255_413270_UFO's_and_Defense_What_Should_we_Prepare_For
Agency: NASA
Page 44
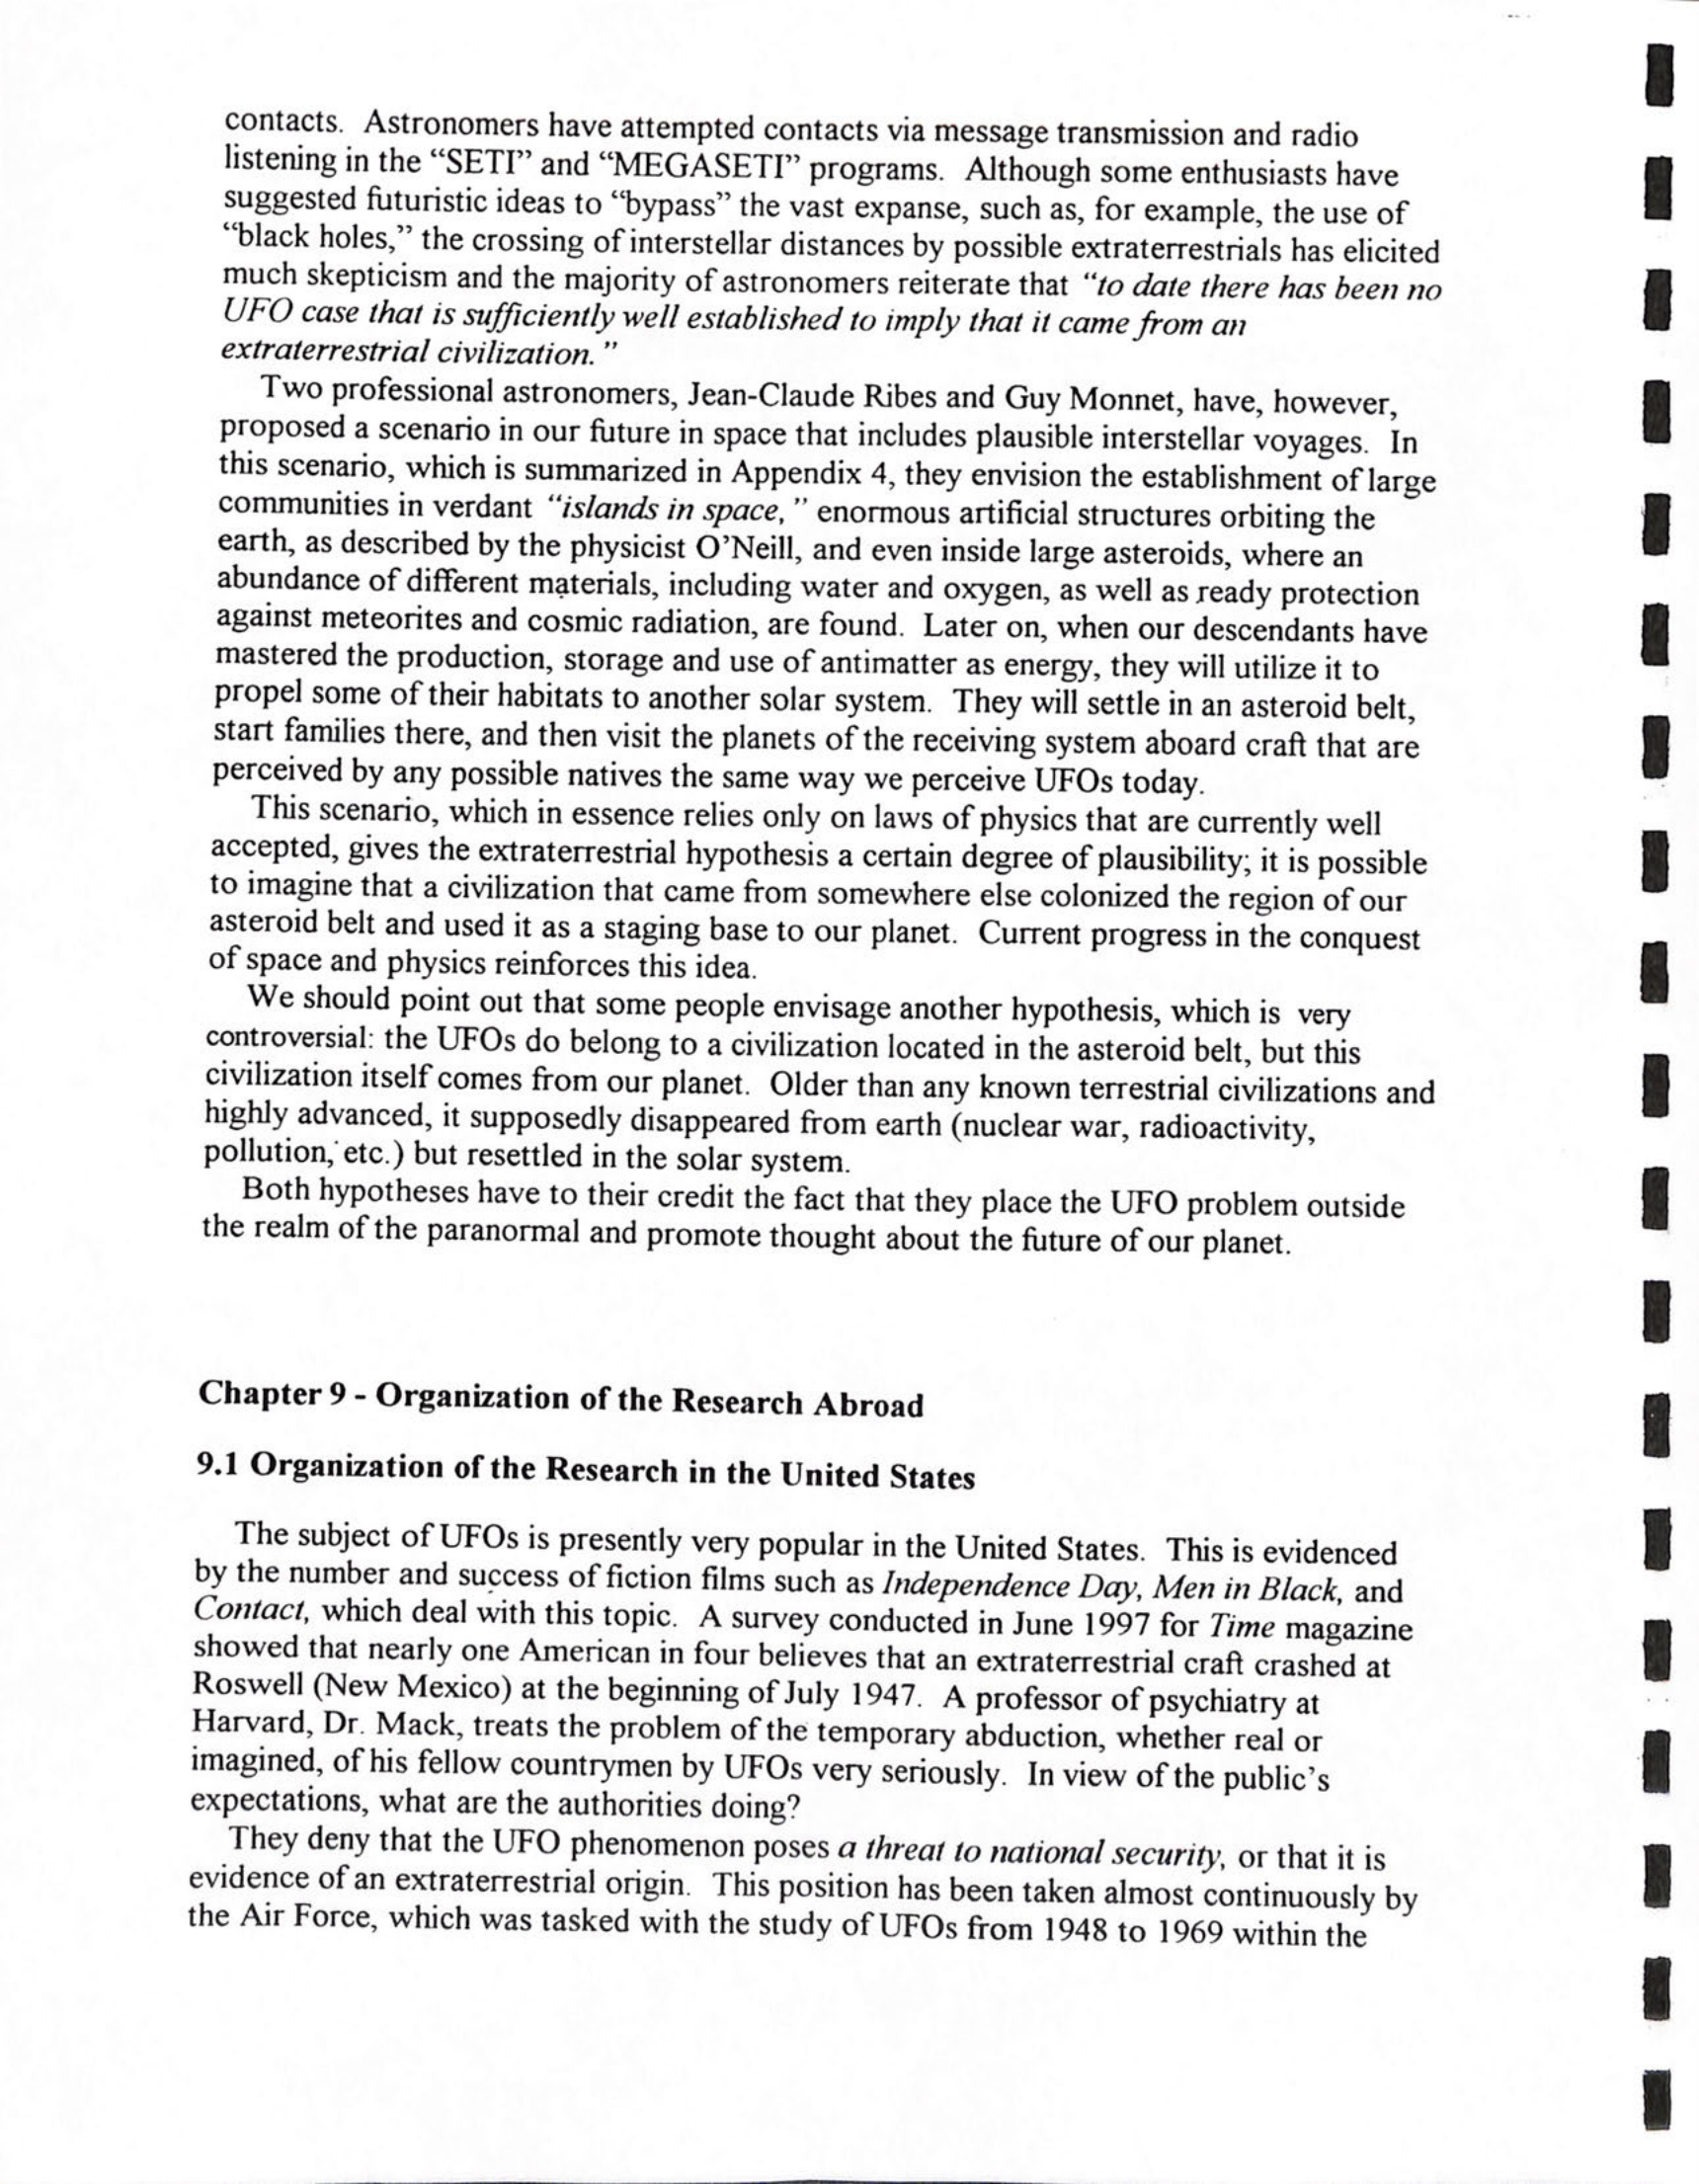